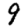
Digit: 9